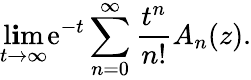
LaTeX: \operatorname*{l\mathbf{i}m}_{t\rightarrow\infty}\mathrm{e}^{-t}\sum_{n=0}^{\infty}{\frac{{t^{n}}}{{n!}}}A_{n}(z).